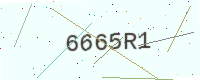
Text: 6665R1